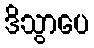
ဒိသွာပေ